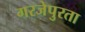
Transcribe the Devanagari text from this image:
गरजेपुरता